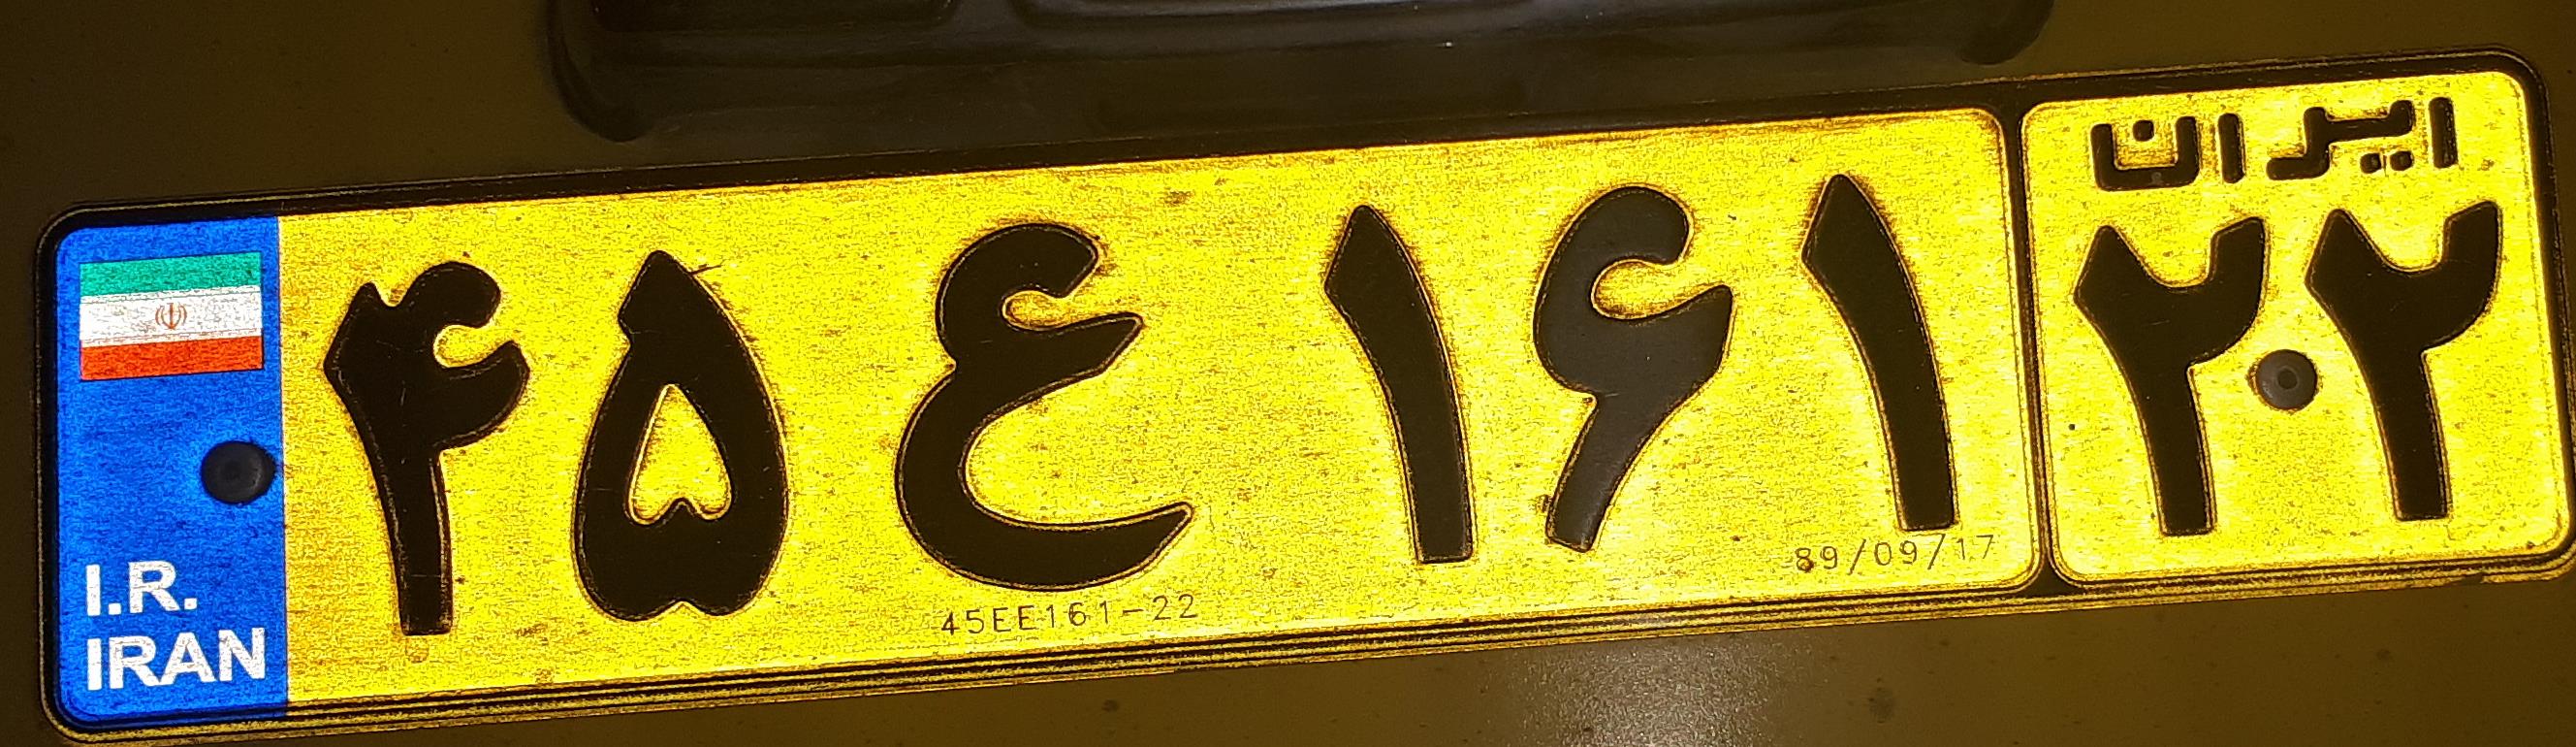
۴۵ع۱۶۱۲۲